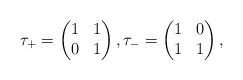
\begin{gather*} \tau_{+}= \left(\begin{matrix}1&1\\0&1\end{matrix}\right),\tau_{-}= \left(\begin{matrix}1&0\\1&1\end{matrix}\right),\end{gather*}